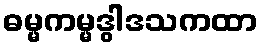
ဓမ္မကမ္မဒွါဒသကထာ